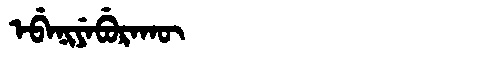
Manchu: ᡝᠪᡝᠨᡳᠶᡝᠪᡠᡵᠠᡴᡡ
Romanization: EBENIYEBURAKŪ